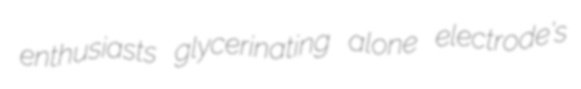
enthusiasts glycerinating alone electrode's